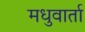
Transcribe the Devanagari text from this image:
मधुवार्ता